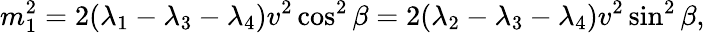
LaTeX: m_{1}^{2}=2(\lambda_{1}-\lambda_{3}-\lambda_{4})v^{2}\cos^{2}\beta=2(\lambda_{2}-\lambda_{3}-\lambda_{4})v^{2}\sin^{2}\beta,